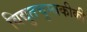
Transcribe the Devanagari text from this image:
विद्युतचुम्बकीकी